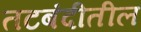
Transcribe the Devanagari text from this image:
तटबंदीतील